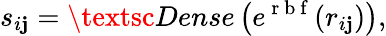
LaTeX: s_{i\mathbf{j}}=\textsc{{Dense}}\left(e^{\mathrm{{~r~b~f~}}}(r_{i\mathbf{j}})\right),